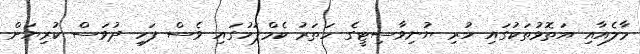
މާލެއާއި އަތޮޅުތަކުގައި ހުރި ޔުނިވާސިޓީގެ ހަތަރު ކެމްޕަހުގައި ވެސް ފަހި ދުވަސް ކުރިޔަށް